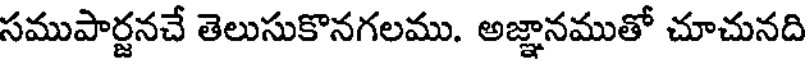
సముపార్జనచే తెలుసుకొనగలము. అజ్ఞానముతో చూచునది